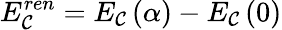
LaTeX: E_{\mathcal{C}}^{ren}=E_{\mathcal{C}}\left(\alpha\right)-E_{\mathcal{C}}\left(0\right)